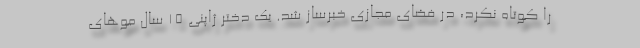
را کوتاه نکرد، در فضای مجازی خبرساز شد. یک دختر ژاپنی ۱۵ سال مو‌های